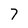
Character: 7